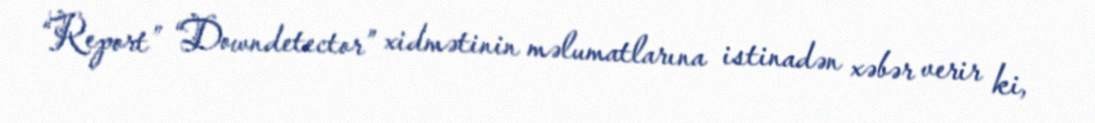
“Report” “Downdetector” xidmətinin məlumatlarına istinadən xəbər verir ki,